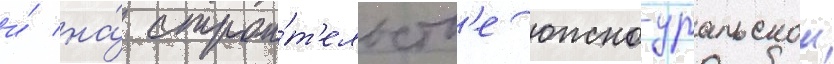
и́ на́ строи́т'ельств'е южно-уральскои